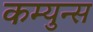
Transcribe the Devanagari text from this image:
कम्युन्स